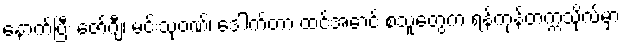
နောက်ပြီး ဇော်ဂျီ၊ မင်းသုဝဏ်၊ ဒေါက်တာ ထင်အောင် စသူတွေက ရန်ကုန်တက္ကသိုလ်မှာ